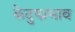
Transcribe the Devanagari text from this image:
केदुष्प्रभाव